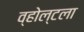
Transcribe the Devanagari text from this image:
व्होल्टला